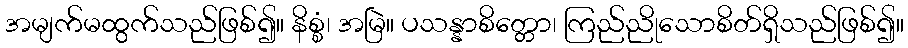
အမျက်မထွက်သည်ဖြစ်၍။ နိစ္စံ၊ အမြဲ။ ပသန္နာစိတ္တော၊ ကြည်ညိုသောစိတ်ရှိသည်ဖြစ်၍။